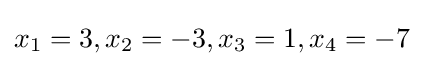
x_{1}=3,x_{2}=-3,x_{3}=1,x_{4}=-7